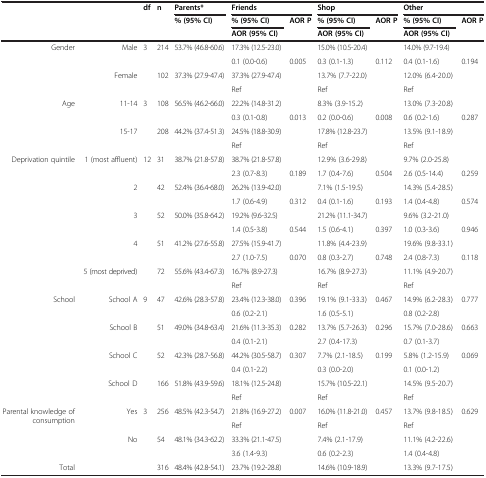
<table><thead><tr><td><b> </b></td><td><b> </b></td><td><b>df</b></td><td><b>n</b></td><td><b>Parents*</b></td><td colspan="2"><b>Friends</b></td><td colspan="2"><b>Shop</b></td><td colspan="2"><b>Other</b></td></tr><tr><td rowspan="2"><b> </b></td><td rowspan="2"><b> </b></td><td rowspan="2"><b> </b></td><td rowspan="2"><b> </b></td><td rowspan="2"><b>% (95% CI)</b></td><td><b>% (95% CI)</b></td><td rowspan="2"><b>AOR P</b></td><td><b>% (95% CI)</b></td><td rowspan="2"><b>AOR P</b></td><td><b>% (95% CI)</b></td><td rowspan="2"><b>AOR P</b></td></tr><tr><td><b>AOR (95% CI)</b></td><td><b>AOR (95% CI)</b></td><td><b>AOR (95% CI)</b></td></tr></thead><tbody><tr><td rowspan="4">Gender</td><td rowspan="2">Male</td><td rowspan="2">3</td><td rowspan="2">214</td><td rowspan="2">53.7% (46.8-60.6)</td><td>17.3% (12.5-23.0)</td><td> </td><td>15.0% (10.5-20.4)</td><td> </td><td>14.0% (9.7-19.4)</td><td> </td></tr><tr><td>0.1 (0.0-0.6)</td><td>0.005</td><td>0.3 (0.1-1.3)</td><td>0.112</td><td>0.4 (0.1-1.6)</td><td>0.194</td></tr><tr><td rowspan="2">Female</td><td rowspan="2"> </td><td rowspan="2">102</td><td rowspan="2">37.3% (27.9-47.4)</td><td>37.3% (27.9-47.4)</td><td> </td><td>13.7% (7.7-22.0)</td><td> </td><td>12.0% (6.4-20.0)</td><td> </td></tr><tr><td>Ref</td><td> </td><td>Ref</td><td> </td><td>Ref</td><td> </td></tr><tr><td rowspan="4">Age</td><td rowspan="2">11-14</td><td rowspan="2">3</td><td rowspan="2">108</td><td rowspan="2">56.5% (46.2-66.0)</td><td>22.2% (14.8-31.2)</td><td> </td><td>8.3% (3.9-15.2)</td><td> </td><td>13.0% (7.3-20.8)</td><td> </td></tr><tr><td>0.3 (0.1-0.8)</td><td>0.013</td><td>0.2 (0.0-0.6)</td><td>0.008</td><td>0.6 (0.2-1.6)</td><td>0.287</td></tr><tr><td rowspan="2">15-17</td><td rowspan="2"> </td><td rowspan="2">208</td><td rowspan="2">44.2% (37.4-51.3)</td><td>24.5% (18.8-30.9)</td><td> </td><td>17.8% (12.8-23.7)</td><td> </td><td>13.5% (9.1-18.9)</td><td> </td></tr><tr><td>Ref</td><td> </td><td>Ref</td><td> </td><td>Ref</td><td> </td></tr><tr><td rowspan="10">Deprivation quintile</td><td rowspan="2">1 (most affluent)</td><td rowspan="2">12</td><td rowspan="2">31</td><td rowspan="2">38.7% (21.8-57.8)</td><td>38.7% (21.8-57.8)</td><td> </td><td>12.9% (3.6-29.8)</td><td> </td><td>9.7% (2.0-25.8)</td><td> </td></tr><tr><td>2.3 (0.7-8.3)</td><td>0.189</td><td>1.7 (0.4-7.6)</td><td>0.504</td><td>2.6 (0.5-14.4)</td><td>0.259</td></tr><tr><td rowspan="2">2</td><td rowspan="2"> </td><td rowspan="2">42</td><td rowspan="2">52.4% (36.4-68.0)</td><td>26.2% (13.9-42.0)</td><td> </td><td>7.1% (1.5-19.5)</td><td> </td><td>14.3% (5.4-28.5)</td><td> </td></tr><tr><td>1.7 (0.6-4.9)</td><td>0.312</td><td>0.4 (0.1-1.6)</td><td>0.193</td><td>1.4 (0.4-4.8)</td><td>0.574</td></tr><tr><td rowspan="2">3</td><td rowspan="2"> </td><td rowspan="2">52</td><td rowspan="2">50.0% (35.8-64.2)</td><td>19.2% (9.6-32.5)</td><td> </td><td>21.2% (11.1-34.7)</td><td> </td><td>9.6% (3.2-21.0)</td><td> </td></tr><tr><td>1.4 (0.5-3.8)</td><td>0.544</td><td>1.5 (0.6-4.1)</td><td>0.397</td><td>1.0 (0.3-3.6)</td><td>0.946</td></tr><tr><td rowspan="2">4</td><td rowspan="2"> </td><td rowspan="2">51</td><td rowspan="2">41.2% (27.6-55.8)</td><td>27.5% (15.9-41.7)</td><td> </td><td>11.8% (4.4-23.9)</td><td> </td><td>19.6% (9.8-33.1)</td><td> </td></tr><tr><td>2.7 (1.0-7.5)</td><td>0.070</td><td>0.8 (0.3-2.7)</td><td>0.748</td><td>2.4 (0.8-7.3)</td><td>0.118</td></tr><tr><td rowspan="2">5 (most deprived)</td><td rowspan="2"> </td><td rowspan="2">72</td><td rowspan="2">55.6% (43.4-67.3)</td><td>16.7% (8.9-27.3)</td><td> </td><td>16.7% (8.9-27.3)</td><td> </td><td>11.1% (4.9-20.7)</td><td> </td></tr><tr><td>Ref</td><td> </td><td>Ref</td><td> </td><td>Ref</td><td> </td></tr><tr><td rowspan="8">School</td><td rowspan="2">School A</td><td rowspan="2">9</td><td rowspan="2">47</td><td rowspan="2">42.6% (28.3-57.8)</td><td>23.4% (12.3-38.0)</td><td>0.396</td><td>19.1% (9.1-33.3)</td><td>0.467</td><td>14.9% (6.2-28.3)</td><td>0.777</td></tr><tr><td>0.6 (0.2-2.1)</td><td> </td><td>1.6 (0.5-5.1)</td><td> </td><td>0.8 (0.2-2.8)</td><td> </td></tr><tr><td rowspan="2">School B</td><td rowspan="2"> </td><td rowspan="2">51</td><td rowspan="2">49.0% (34.8-63.4)</td><td>21.6% (11.3-35.3)</td><td>0.282</td><td>13.7% (5.7-26.3)</td><td>0.296</td><td>15.7% (7.0-28.6)</td><td>0.663</td></tr><tr><td>0.4 (0.1-2.1)</td><td> </td><td>2.7 (0.4-17.3)</td><td> </td><td>0.7 (0.1-3.7)</td><td> </td></tr><tr><td rowspan="2">School C</td><td rowspan="2"> </td><td rowspan="2">52</td><td rowspan="2">42.3% (28.7-56.8)</td><td>44.2% (30.5-58.7)</td><td>0.307</td><td>7.7% (2.1-18.5)</td><td>0.199</td><td>5.8% (1.2-15.9)</td><td>0.069</td></tr><tr><td>0.4 (0.1-2.2)</td><td> </td><td>0.3 (0.0-2.0)</td><td> </td><td>0.1 (0.0-1.2)</td><td> </td></tr><tr><td rowspan="2">School D</td><td rowspan="2"> </td><td rowspan="2">166</td><td rowspan="2">51.8% (43.9-59.6)</td><td>18.1% (12.5-24.8)</td><td> </td><td>15.7% (10.5-22.1)</td><td> </td><td>14.5% (9.5-20.7)</td><td> </td></tr><tr><td>Ref</td><td> </td><td>Ref</td><td> </td><td>Ref</td><td> </td></tr><tr><td rowspan="4">Parental knowledge of consumption</td><td rowspan="2">Yes</td><td rowspan="2">3</td><td rowspan="2">256</td><td rowspan="2">48.5% (42.3-54.7)</td><td>21.8% (16.9-27.2)</td><td>0.007</td><td>16.0% (11.8-21.0)</td><td>0.457</td><td>13.7% (9.8-18.5)</td><td>0.629</td></tr><tr><td>Ref</td><td> </td><td>Ref</td><td> </td><td>Ref</td><td> </td></tr><tr><td rowspan="2">No</td><td rowspan="2"> </td><td rowspan="2">54</td><td rowspan="2">48.1% (34.3-62.2)</td><td>33.3% (21.1-47.5)</td><td> </td><td>7.4% (2.1-17.9)</td><td> </td><td>11.1% (4.2-22.6)</td><td rowspan="2"> </td></tr><tr><td>3.6 (1.4-9.3)</td><td> </td><td>0.6 (0.2-2.3)</td><td> </td><td>1.4 (0.4-4.8)</td></tr><tr><td>Total</td><td> </td><td> </td><td>316</td><td>48.4% (42.8-54.1)</td><td>23.7% (19.2-28.8)</td><td> </td><td>14.6% (10.9-18.9)</td><td> </td><td>13.3% (9.7-17.5)</td><td> </td></tr></tbody></table>